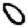
Digit: 0